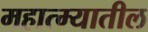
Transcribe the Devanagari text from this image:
महात्म्यातील